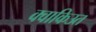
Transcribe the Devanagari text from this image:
क्वाकिउत